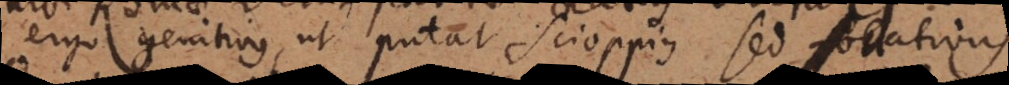
rgo genitivus ut putat Scioppius sed locativus